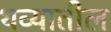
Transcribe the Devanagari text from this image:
थव्यातील